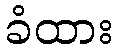
ခံထား